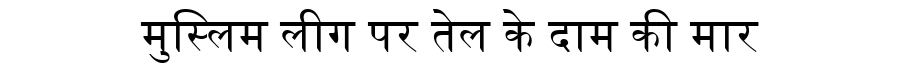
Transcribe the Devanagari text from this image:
मुस्लिम लीग पर तेल के दाम की मार